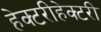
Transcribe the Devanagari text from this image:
हेक्टरीहेक्टरी